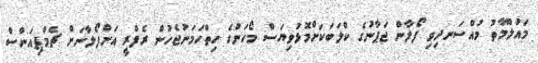
މައުލޫމާތު މުއްސަނދިވި ފޯލާން ޖަޕާނުގެ ކްލަބަކަށްމޮޅުވިޔަސް މޯހަންގެ ހިތްހަމަނުޖެހުން ރެފްރީ އަށްފޯލާނަށް ޗެމްޕިއަންސް